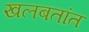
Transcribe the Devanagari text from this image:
खलबतांत